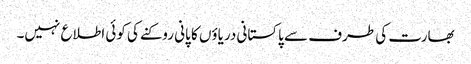
بھارت کی طرف سے پاکستانی دریاؤں کا پانی روکنے کی کوئی اطلاع نہیں۔